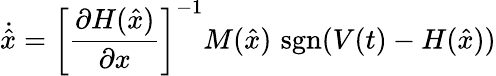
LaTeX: {\dot{\hat{x}}}=\left[{\frac{\partial H({\hat{x}})}{\partial x}}\right]^{-1}M({\hat{x}})\, \operatorname{sgn}(V(t)-H({\hat{x}}))